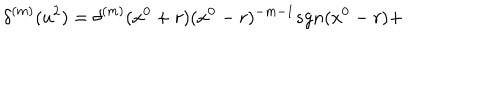
{ \delta } ^ { ( m ) } ( u ^ { 2 } ) = { \delta } ^ { ( m ) } ( x ^ { 0 } + r ) ( x ^ { 0 } - r ) ^ { - m - 1 } s g n ( x ^ { 0 } - r ) +